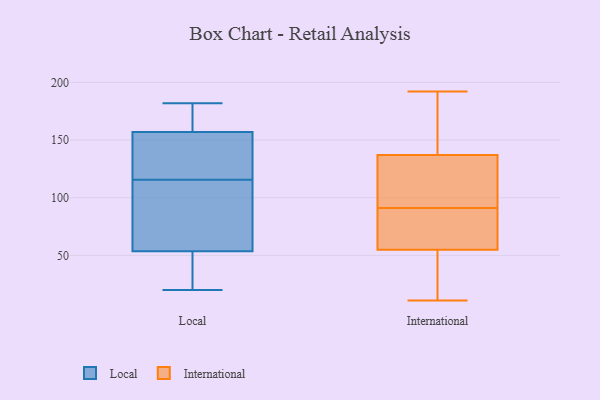
{"axis": {"x": "Energy Usage (MWh)", "y": "Value"}, "legend": ["International", "Local"], "data": [{"x": "", "y": 170, "type": "Local"}, {"x": "", "y": 173, "type": "Local"}, {"x": "", "y": 64, "type": "Local"}, {"x": "", "y": 43, "type": "Local"}, {"x": "", "y": 20, "type": "Local"}, {"x": "", "y": 20, "type": "Local"}, {"x": "", "y": 72, "type": "Local"}, {"x": "", "y": 182, "type": "Local"}, {"x": "", "y": 111, "type": "Local"}, {"x": "", "y": 28, "type": "Local"}, {"x": "", "y": 70, "type": "Local"}, {"x": "", "y": 139, "type": "Local"}, {"x": "", "y": 120, "type": "Local"}, {"x": "", "y": 164, "type": "Local"}, {"x": "", "y": 136, "type": "Local"}, {"x": "", "y": 150, "type": "Local"}, {"x": "", "y": 137, "type": "International"}, {"x": "", "y": 177, "type": "International"}, {"x": "", "y": 91, "type": "International"}, {"x": "", "y": 12, "type": "International"}, {"x": "", "y": 104, "type": "International"}, {"x": "", "y": 58, "type": "International"}, {"x": "", "y": 148, "type": "International"}, {"x": "", "y": 14, "type": "International"}, {"x": "", "y": 186, "type": "International"}, {"x": "", "y": 97, "type": "International"}, {"x": "", "y": 11, "type": "International"}, {"x": "", "y": 137, "type": "International"}, {"x": "", "y": 64, "type": "International"}, {"x": "", "y": 80, "type": "International"}, {"x": "", "y": 72, "type": "International"}, {"x": "", "y": 192, "type": "International"}, {"x": "", "y": 29, "type": "International"}, {"x": "", "y": 54, "type": "International"}, {"x": "", "y": 101, "type": "International"}]}